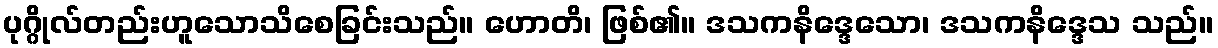
ပုဂ္ဂိုလ်တည်းဟူသောသိစေခြင်းသည်။ ဟောတိ၊ ဖြစ်၏။ ဒသကနိဒ္ဒေသော၊ ဒသကနိဒ္ဒေသ သည်။